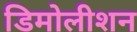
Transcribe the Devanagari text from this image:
डिमोलीशन